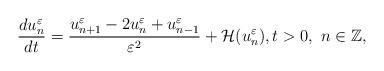
LaTeX: \begin{align*}\dfrac{d u_n^\varepsilon}{d t} = \dfrac{u_{n+1}^\varepsilon-2u_n^\varepsilon+u_{n-1}^\varepsilon}{ \varepsilon^2}+\mathcal H(u_n^\varepsilon),t>0, \ n\in\mathbb Z,\end{align*}